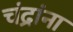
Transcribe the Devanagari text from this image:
चंद्रांना